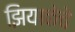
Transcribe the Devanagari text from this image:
झियाकेचे